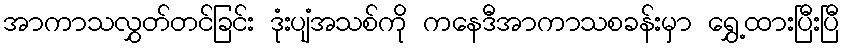
အာကာသလွှတ်တင်ခြင်း ဒုံးပျံအသစ်ကို ကနေဒီအာကာသစခန်းမှာ ရွှေ့ထားပြီးပြီ